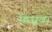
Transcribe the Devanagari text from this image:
द्विध्रुव।